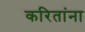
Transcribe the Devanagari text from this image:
करितांना